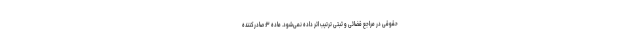
حقوقی در مراجع قضائی و ثبتی ترتیب اثر داده نمی‌شود. ماده ۳: صادرکننده